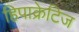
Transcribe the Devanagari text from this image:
हिपाक्रेटिज